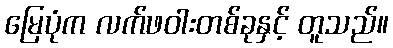
မြေပုံက လက်ဖဝါးတစ်ခုနှင့် တူသည်။